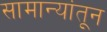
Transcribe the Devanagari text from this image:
सामान्यांतून